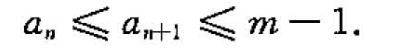
a_{n}≤a_{n+1}≤m-1.